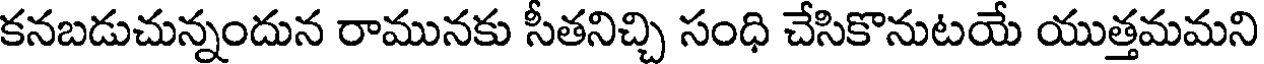
కనబడుచున్నందున రామునకు సీతనిచ్చి సంధి చేసికొనుటయే యుత్తమమని